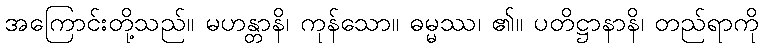
အကြောင်းတို့သည်။ မဟန္တာနိ၊ ကုန်သော။ ဓမ္မဿ၊ ၏။ ပတိဋ္ဌာနာနိ၊ တည်ရာကို